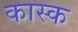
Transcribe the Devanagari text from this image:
कास्क